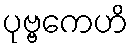
ပုဗ္ဗကေဟိ